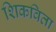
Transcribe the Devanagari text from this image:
शिकविता